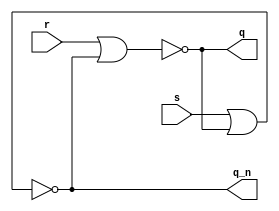
module exercise3 
( 
	input s,
	input r,
	output q,
	output q_n 
); 
assign q   = ~ ( r | q_n );
assign q_n = ~ ( s | q );
endmodule